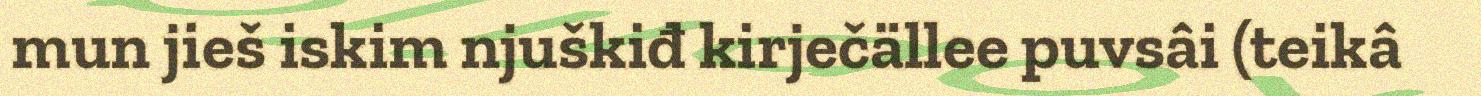
mun jieš iskim njuškiđ kirječällee puvsâi (teikâ